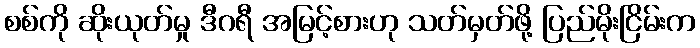
စစ်ကို ဆိုးယုတ်မှု ဒီဂရီ အမြင့်စားဟု သတ်မှတ်ဖို့ ပြည်မိုးငြိမ်းက